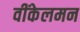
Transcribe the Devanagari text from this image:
वींकेलमन